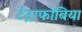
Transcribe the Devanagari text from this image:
टेट्राफोबिया